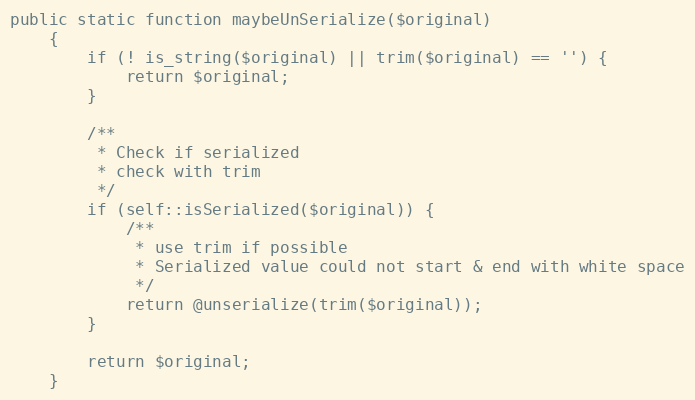
Language: PHP
public static function maybeUnSerialize($original)
    {
        if (! is_string($original) || trim($original) == '') {
            return $original;
        }

        /**
         * Check if serialized
         * check with trim
         */
        if (self::isSerialized($original)) {
            /**
             * use trim if possible
             * Serialized value could not start & end with white space
             */
            return @unserialize(trim($original));
        }

        return $original;
    }